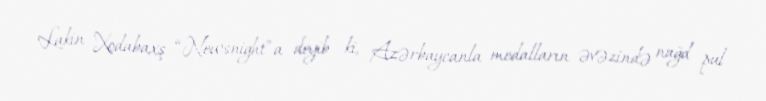
Lakin Xodabaxş “Newsnight”a deyib ki, Azərbaycanla medalların əvəzində nağd pul